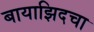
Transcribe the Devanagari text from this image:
बायाझिदचा